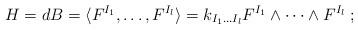
LaTeX: \begin{align*}H=dB = \langle F^{I_1},\dots ,F^{I_l} \rangle= k_{I_1\dots I_l}F^{I_1}\wedge\dots\wedge F^{I_l} \; ; \end{align*}